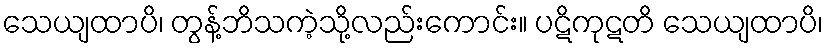
သေယျထာပိ၊ တွန့်ဘိသကဲ့သို့လည်းကောင်း။ ပဋိကုဋတိ သေယျထာပိ၊